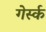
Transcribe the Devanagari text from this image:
गेर्स्क